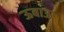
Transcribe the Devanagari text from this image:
ऊबाऊ